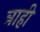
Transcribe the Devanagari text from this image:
त्राही